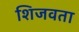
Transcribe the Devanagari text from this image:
शिजवता